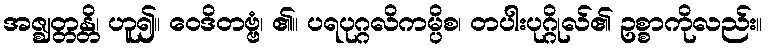
အဇ္ဈတ္တန္တိ၊ ဟူ၍။ ဝေဒိတဗ္ဗံ၊ ၏။ ပရပုဂ္ဂလိကမ္ပိစ၊ တပါးပုဂ္ဂိုလ်၏ ဥစ္စာကိုလည်း။